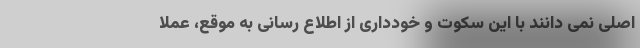
اصلی نمی دانند با این سکوت و خودداری از اطلاع رسانی به موقع، عملا